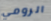
الرومي